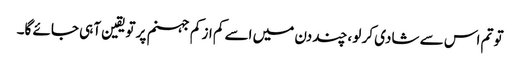
تو تم اس سے شادی کر لو ،چند دن میں اسے کم از کم جہنم پر تویقین آہی جائے گا۔